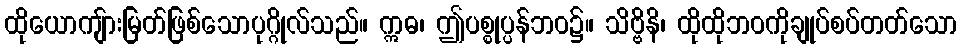
ထိုယောကျ်ားမြတ်ဖြစ်သောပုဂ္ဂိုလ်သည်။ ဣဓ၊ ဤပစ္စုပ္ပန်ဘဝ၌။ သိဗ္ဗိနိ၊ ထိုထိုဘဝကိုချုပ်စပ်တတ်သော